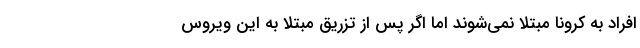
افراد به کرونا مبتلا نمی‌شوند اما اگر پس از تزریق مبتلا به این ویروس